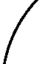
/